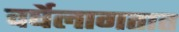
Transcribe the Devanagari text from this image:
वर्षेलागतात